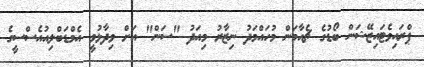
ޕްރައިވެޓައިޒޭޝަން ބޯޑުގެ ޗެއާމަން މުހައްމަދު ނިޒާރު މިއަދު "ސަން" އަށް ވިދާޅުވީ އެމްޑަބްލިއުއެސްސީގެ